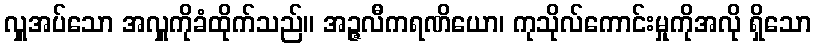
လှူအပ်သော အလှူကိုခံထိုက်သည်။ အဉ္ဇလီကရဏိယော၊ ကုသိုလ်ကောင်းမှုကိုအလို ရှိသော